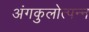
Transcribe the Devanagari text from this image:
अंगकुलोत्पन्न